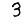
Digit: 3